Leaving Certificate, 1897
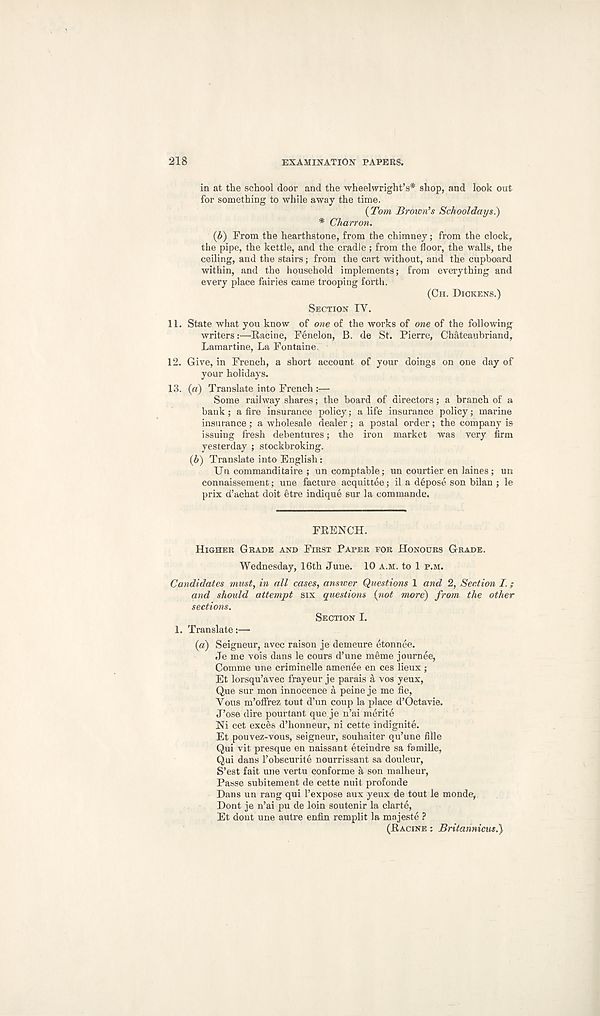
218
EXAMINATION PAPERS.
in at the school door and the wheelwright’s* shop, and look out
for something to while away the time.
{Tom Brown’s Schooldays^)
* Charron.
{b) Prom the hearthstone, from the chimney; from the clock,
the pipe, the kettle, and the cradle; from the floor, the walls, the
ceiling, and the stairs; from the cart without, and the cupboard
within, and the household implements; from everything and
every place fairies came trooping forth.
(CH. DICKENS.)
SECTION IV.
11. State what you know of one of the works of one of the following
writers:—Racine, Fenelon, B. de St. Pierre, Chateaubriand,
Lamartine, La Fontaine.
12. Give, in French, a short account of your doings on one day of
your holidays.
13. (a) Translate into French :—
Some railway shares; the board of directors; a branch of a
bank; a fire insurance policy; a life insurance policy; marine
insurance ; a wholesale dealer ; a postal order ; the company is
issuing fresh debentures; the iron market was very firm
yesterday ; stockbroking.
(6) Translate into English:
Un command!taire ; un comptable; un courtier en laines ; un
connaissement; une facture acquittee; il a depose son bilan ; le
prix d’achat doit etre indique sur la commande.
FRENCH.
HIGHER GRADE AND FIRST PAPER FOR HONOURS GRADE.
Wednesday, 16th June. 10 A.M. to 1 P.M.
Candidates must, in all cases, answer Questions 1 and 2, Section I.;
and should attempt six questions {not more) from the other
sections.
SECTION I.
1. Translate:—
{a) Seigneur, avec raison je demeure etonnee.
Je me vois dans le cours d’une meme journee,
Comme une criminelle amende en ces lieux ;
Et lorsqu’avec frayeur je parais a vos yeux,
Que sur mon innocence a peine je me fie,
Vous m’offrez tout d’un coup la place d’Octavie.
J’ose dire pourtant que je n’ai merite
Ni cet exces d’honneur, ni cette indignite.
Et pouvez-vous, seigneur, souhaiter qu’une fille
Qui vit presque en naissant eteindre sa famille,
Qui dans 1’obscurite nourrissant sa douleur,
S’est fait une vertu conforme a son malheur,
Passe subitement de cette nuit profonde
Dans un rang qui 1’expose aux yeux de tout le monde,
Dont je n’ai pu de loin soutenir la clarte,
Et dont une autre enfin remplit la majeste ?
(RACINE : Britannicus.)